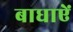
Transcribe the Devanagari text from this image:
बाधाऐं